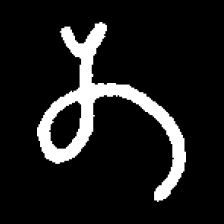
Pyu character \u2014 Myanmar letter: တ (romanized: ta)